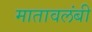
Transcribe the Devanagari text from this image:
मातावलंबी